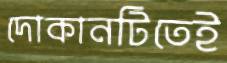
দোকানটিতেই